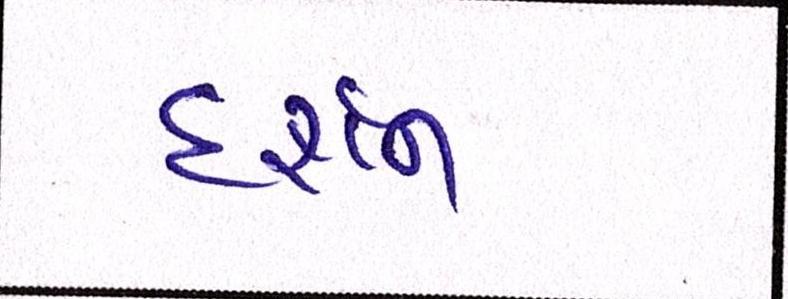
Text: દર્શન